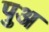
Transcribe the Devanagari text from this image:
पुअ